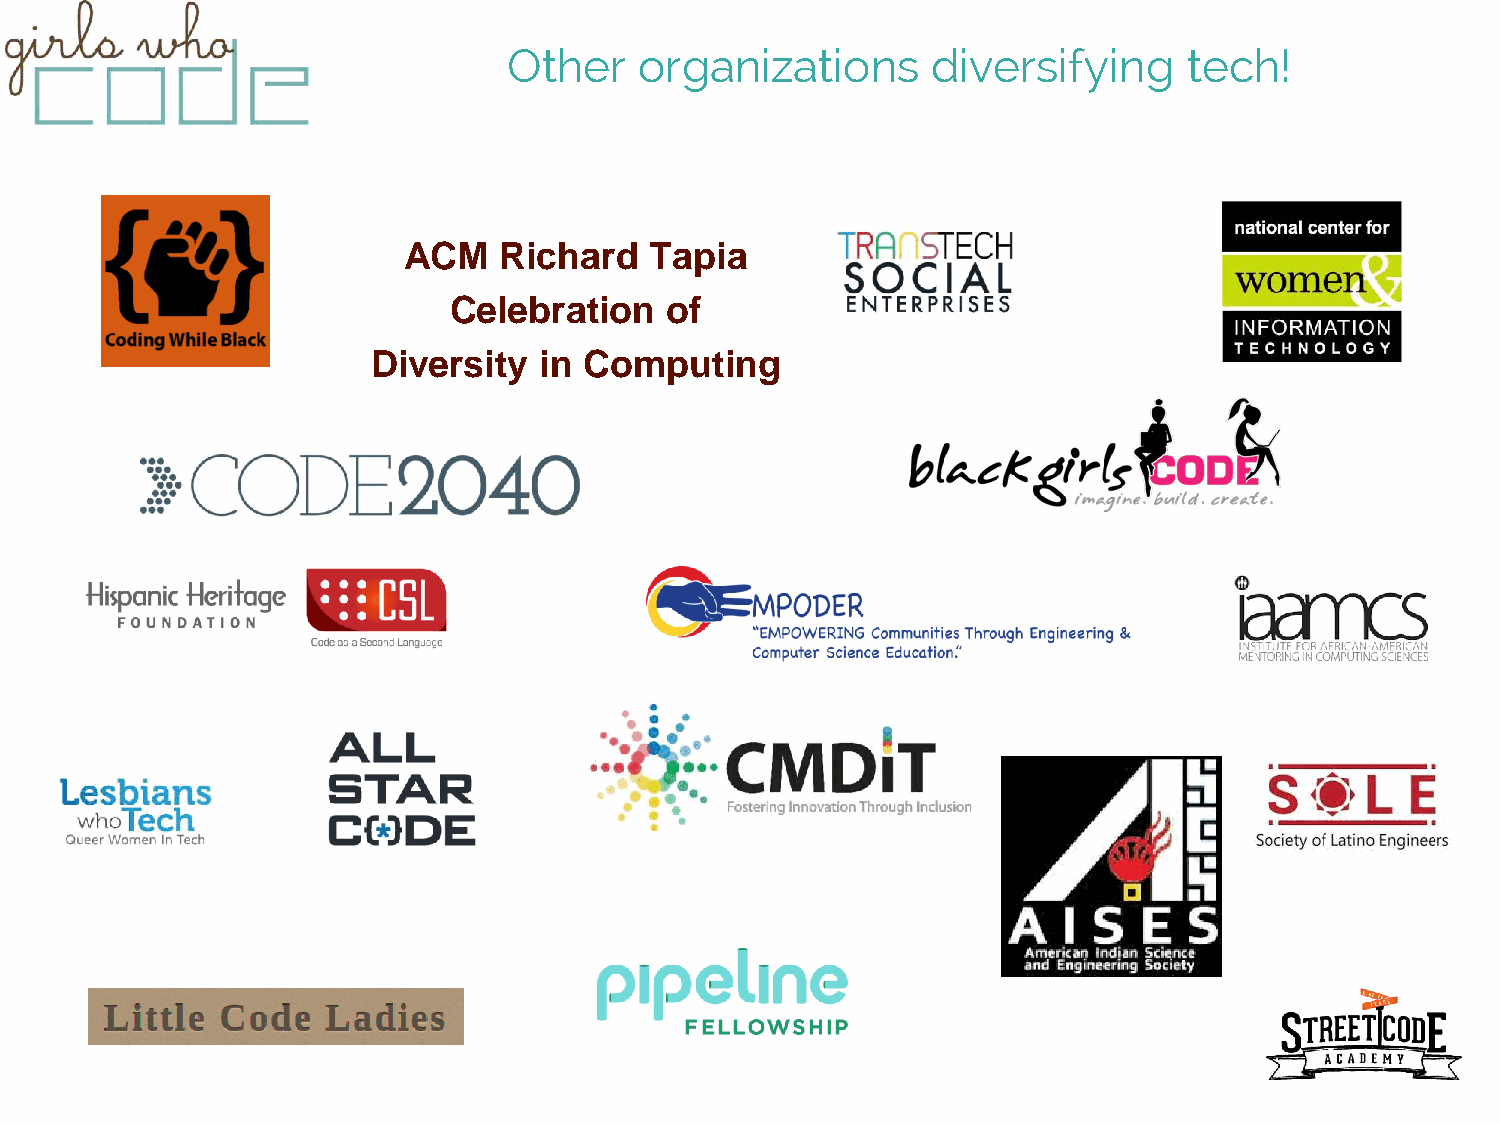
Other   organizations       diversifying     tech!
 ACM   Richard   Tapia
 Celebration   of
 Diversity  in Computing